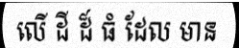
លើ ដី ដ៏ ធំ ដែល មាន